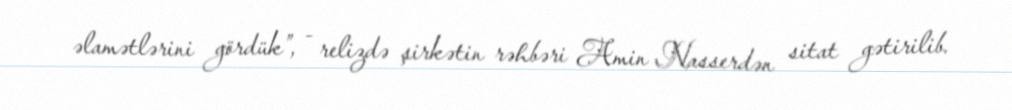
əlamətlərini gördük”, - relizdə şirkətin rəhbəri Amin Nasserdən sitat gətirilib.